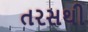
તરસથી